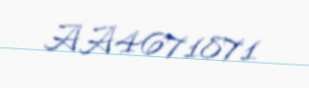
AA4671871